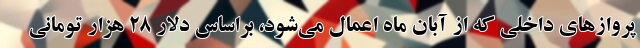
پروازهای داخلی که از آبان ماه اعمال می‌شود، براساس دلار ۲۸ هزار تومانی